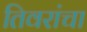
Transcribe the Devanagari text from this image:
तिवरांचा